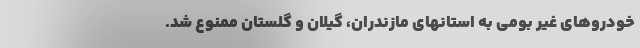
خودروهای غیر بومی به استانهای مازندران، گیلان و گلستان ممنوع شد.